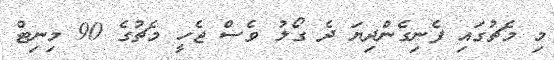
މި މެޗުގައި ފެނިގެންދިޔަ ދެ ގޯލު ވެސް ޖެހީ މެޗުގެ 90 މިނިޓް